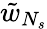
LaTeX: \tilde{w}_{N_{s}}